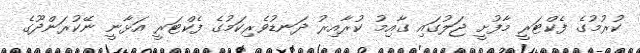
ކުރުމުގެ ފެކްޓަރީ މާފުށީ ޖަލުގައި ގާއިމު ކުރާއިރު ދަނޑުވެރިކަމުގެ ފެކްޓަރީ އަޅާނީ ނޭކުރަންދޫގެ